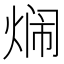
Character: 𬊢